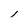
Character: l